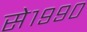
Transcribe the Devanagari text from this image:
से१९९०